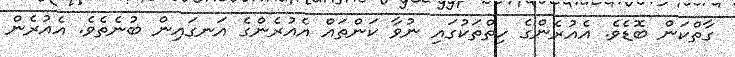
ގާތްކަން ބޮޑެވެ. އެއުރެންގެ ހިތްތަކުގައި ނުވާ ކަންތައް އެއުރެންގެ އަނގައިން ބުނެތެވެ. އެއުރެން